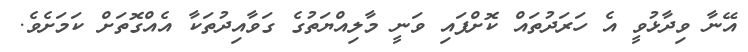
އޭނާ ވިދާޅުވީ އެ ހަރަދުތައް ކޮށްފައި ވަނީ މާލިއްޔަތުގެ ގަވާއިދުތަކާ އެއްގޮތަށް ކަމަށެވެ.